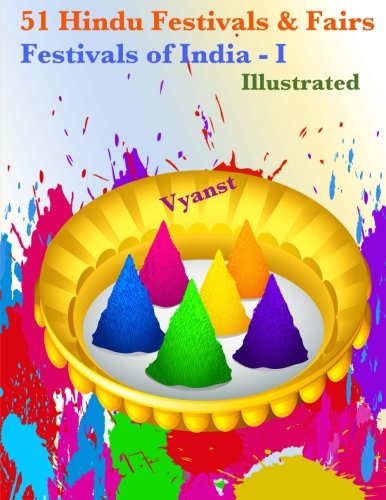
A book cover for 51 Hindu Festivals & Fairs (Illustrated) (Festivals of India) (Volume 1); Vyanst; Religion & Spirituality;